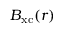
\ensuremath { \boldsymbol { B } } _ { \mathrm { x c } } ( \ensuremath { \boldsymbol { r } } )